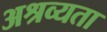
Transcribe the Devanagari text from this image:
अश्रव्यता